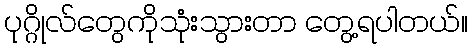
ပုဂ္ဂိုလ်တွေကိုသုံးသွားတာ တွေ့ရပါတယ်။